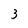
Character: 3